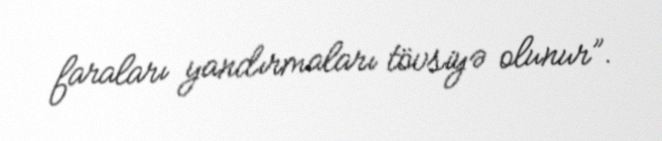
faraları yandırmaları tövsiyə olunur”.